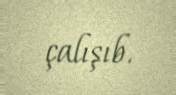
çalışıb.